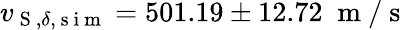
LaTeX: v_{\mathrm{~S~},\delta,\mathrm{~s~i~m~}}=501.19\pm 12.72\; \mathrm{~m~}/\mathrm{~s~}